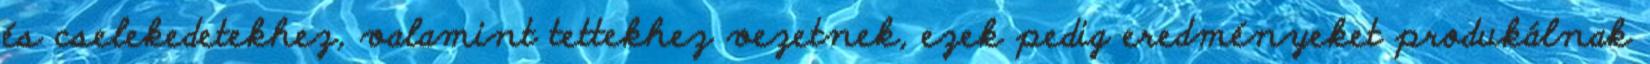
és cselekedetekhez, valamint tettekhez vezetnek, ezek pedig eredményeket produkálnak